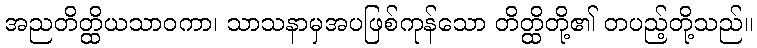
အညတိတ္ထိယသာဝကာ၊ သာသနာမှအပဖြစ်ကုန်သော တိတ္ထိတို့၏ တပည့်တို့သည်။